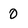
Character: 0